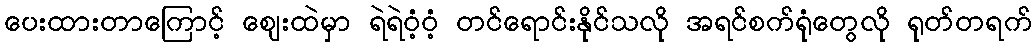
ပေးထားတာကြောင့် ဈေးထဲမှာ ရဲရဲဝံ့ဝံ့ တင်ရောင်းနိုင်သလို အရင်စက်ရုံတွေလို ရုတ်တရက်